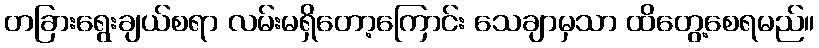
တခြားရွေးချယ်စရာ လမ်းမရှိတော့ကြောင်း သေချာမှသာ ထိတွေ့စေရမည်။